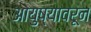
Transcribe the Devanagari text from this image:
आयुष्यावरून